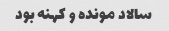
سالاد مونده و کهنه بود